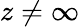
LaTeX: z\neq\infty